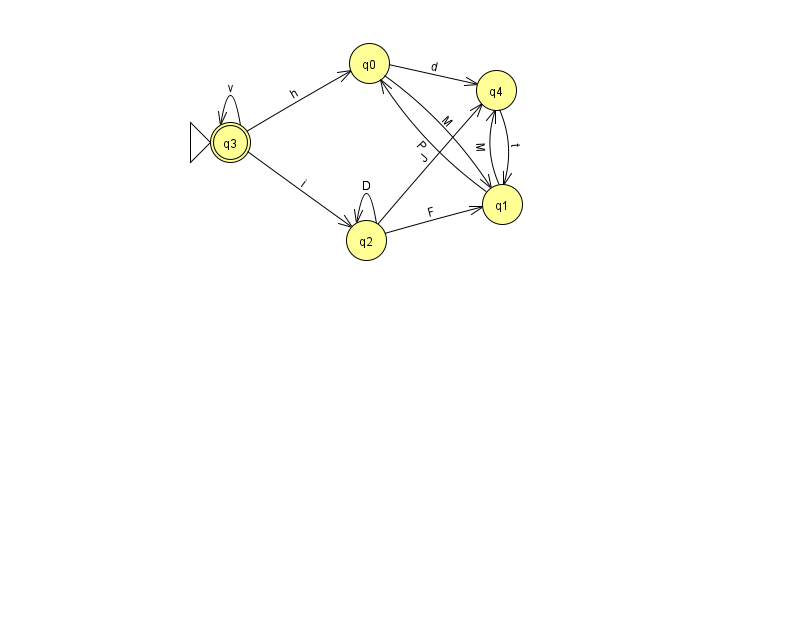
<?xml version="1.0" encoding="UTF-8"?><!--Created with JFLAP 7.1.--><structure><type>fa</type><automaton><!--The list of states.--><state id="0" name="q0"><x>369.0</x><y>50.0</y></state><state id="1" name="q1"><x>502.0</x><y>191.0</y></state><state id="2" name="q2"><x>366.0</x><y>227.0</y></state><state id="3" name="q3"><x>230.0</x><y>129.0</y><initial/><final/></state><state id="4" name="q4"><x>496.0</x><y>77.0</y></state><!--The list of transitions.--><transition><from>0</from><to>4</to><read>d</read></transition><transition><from>3</from><to>0</to><read>h</read></transition><transition><from>2</from><to>2</to><read>D</read></transition><transition><from>4</from><to>1</to><read>t</read></transition><transition><from>1</from><to>0</to><read>P</read></transition><transition><from>3</from><to>3</to><read>v</read></transition><transition><from>2</from><to>4</to><read>J</read></transition><transition><from>0</from><to>1</to><read>M</read></transition><transition><from>2</from><to>1</to><read>F</read></transition><transition><from>3</from><to>2</to><read>i</read></transition><transition><from>1</from><to>4</to><read>M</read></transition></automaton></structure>